Vital statistics of India. Vol. V, Reports of 1876 on armies & jails and on epidemic cholera
Year: 1876
Disease focus: Cholera
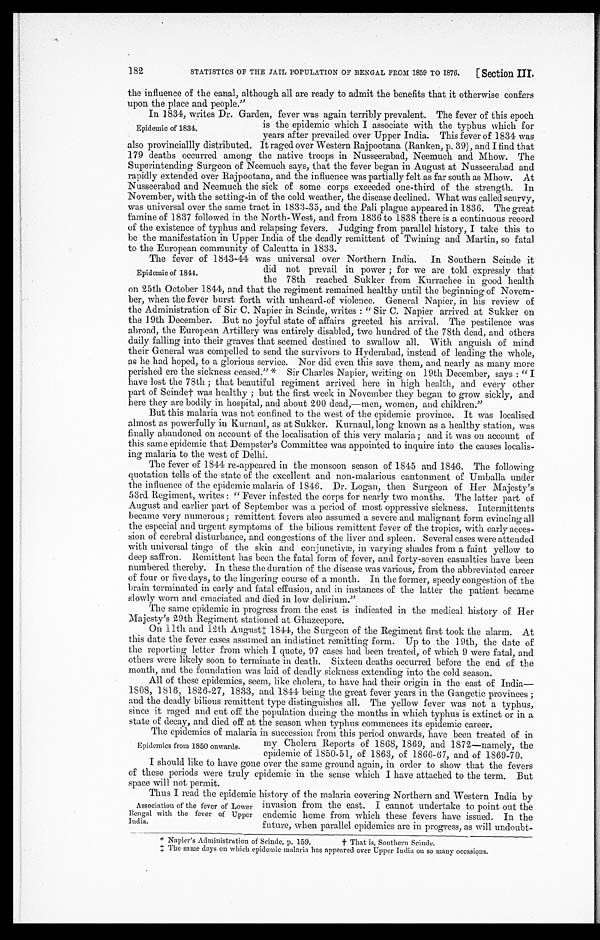
182
STATISTICS OF THE JAIL POPULATION OF BENGAL FROM 1859 TO 1876.
[Section III.
the influence of the canal, although all are ready to admit the benefits that it otherwise confers
upon the place and people."
In 1834, writes Dr. Garden, fever was again terribly prevalent. The fever of this epoch
is the epidemic which I associate with the typhus which for
years after prevailed over Upper India. This fever of 1834 was
also provinciallly distributed. It raged over Western Rajpootana (Ranken, p. 39), and I find that
179 deaths occurred among the native troops in Nusseerabad, Neemuch and Mhow. The
Superintending Surgeon of Neemuch says, that the fever began in August at Nusseerabad and
rapidly extended over Rajpootana, and the influence was partially felt as far south as Mhow. At
Nusseerabad and Neemuch the sick of some corps exceeded one-third of the strength. In
November, with the setting-in of the cold weather, the disease declined. What was called scurvy,
was universal over the same tract in I 833-35, and the Pali plague appeared in 1836. The great
famine of 1837 followed in the North-West, and from 1836 to 1838 there is a continuous record
of the existence of typhus and relapsing fevers. Judging from parallel history, I take this to
be the manifestation in Upper India of the deadly remittent of Twining and Martin, so fatal
to the European community of Calcutta in 1833
.
The fever of 1843-44 was universal over Northern India. In Southern Scinde it
did not prevail in power; for we are told expressly that
the 78th reached Sukker from Kurrachee in good health
on 25th October 1844, and that the regiment remained healthy until the beginning of Novem
-ber, when the fever burst forth with unheard-of violence. General Napier, in his review of
the Administration of Sir C. Napier in Scinde, writes : "Sir C. Napier arrived at Sukker on
the 19th December. But no joyful state of affairs greeted his arrival. The pestilence was
abroad, the European Artillery was entirely disabled, two hundred of the 78th dead, and others
daily falling into their graves that seemed destined to swallow all. With anguish of mind
their General was compelled to send the survivors to Hyderabad, instead of leading the whole,
as he had hoped, to a glorious service. Nor did even this save them, and nearly as many more
perished ere the sickness ceased."* Sir Charles Napier, writing on 19th December, says : "I
have lost the 78th; that beautiful regiment arrived here in high health, and every other
part of Scinde† was healthy; but the first week in November they began to grow sickly, and
here they are bodily in hospital, and about 200 dead,—men, women, and children."
But this malaria was not confined to the west of the epidemic province. It was localised
almost as powerfully in Kurnaul, as at Sukker. Kurnaul, long known as a healthy station, was
finally abandoned on account of the localisation of this very malaria; and it was on account of
this same epidemic that Dempster's Committee was appointed to inquire into the causes localis
- i n g m a l a r i a t o t h e w e s t o f D e l h i .
The fever of 1844 re-appeared in the monsoon season of 1845 and 1846. The following
quotation tells of the state of the excellent and non-malarious cantonment of Umballa under
the influence of the epidemic malaria of 1846. Dr. Logan, then Surgeon of Her Majesty''s
53rd Regiment, writes : "Fever infested the corps for nearly two months. The latter part of
August and earlier part of September was a period of most oppressive sickness. Intermittents
became very numerous; remittent fevers also assumed a severe and malignant form evincing all
the especial and urgent symptoms of the bilious remittent fever of the tropics, with early acces
- s i o n o f c e r e b r a l d i s t u r b a n c e , a n d c o n g e s t i o n s o f t h e l i v e r a n d s p l e e n . S e v e r a l c a s e s w e r e a t t e n d e d
with universal tinge of the skin and conjunctivæ, in varying shades from a faint yellow to
deep saffron. Remittent has been the fatal form of fever, and forty-seven casualties have been
numbered thereby. In these the duration of the disease was various, from the abbreviated career
of four or five days, to the lingering course of a month. In the former, speedy congestion of the
brain terminated in early and fatal effusion, and in instances of the latter the patient became
slowly worn and emaciated and died in low delirium."
The same epidemic in progress from the east is indicated in the medical history of Her
Majesty's 29th Regiment stationed at Ghazeepore.
On 11th and 12th Augus‡ 1844, the Surgeon of the Regiment first took the alarm. At
this date the fever cases assumed an indistinct remitting form. Up to the 19th, the date of
the reporting letter from which I quote, 97 cases had been treated, of which 9 were fatal, and
others were likely soon to terminate in death. Sixteen deaths occurred before the end of the
month, and the foundation was laid of deadly sickness extending into the cold season.
All of these epidemics, seem, like cholera, to have had their origin in the east of India
— 1 8 0 8 , 1 8 1 6 , 1 8 2 6 - 2 7 , 1 8 3 3 , a n d 1 8 4 4 b e i n g t h e g r e a t f e v e r y e a r s i n t h e G a n g e t i c p r o v i n c e s ;
and the deadly bilious remittent type distinguishes all. The yellow fever was not a typhus,
since it raged and cut off the population during the months in which typhus is extinct or in a
state of decay, and died off at the season when typhus commences its epidemic career.
The epidemics of malaria in succession from this period onwards, have been treated of in
my Cholera Reports of 1868, 1869, and 1872—namely, the
epidemic of 1850-51, of 1863, of 1866-67, and of 1869-70.
I should like to have gone over the same ground again, in order to show that the fevers
of these periods were truly epidemic in the sense which I have attached to the term. But
S p a c e w i l l n o t p e r m i t .
Thus I read the epidemic history of the malaria covering Northern and Western India by
invasion from the east. I cannot undertake to point out the
endemic home from which these fevers have issued. In the
future, when parallel epidemics are in progress, as will undoubt
-
* Napier's Administration of Scinde, p. 159. † That is, Southern Scinde.
‡The same days on which epidemic malaria has appeared over Upper India on so many occasions.
Epidemic of 1834.
Epidemic of 1844.
Epidemics from 1850 onwards.
Association of the fever of Lower
Bengal with the fever of Upper
India.